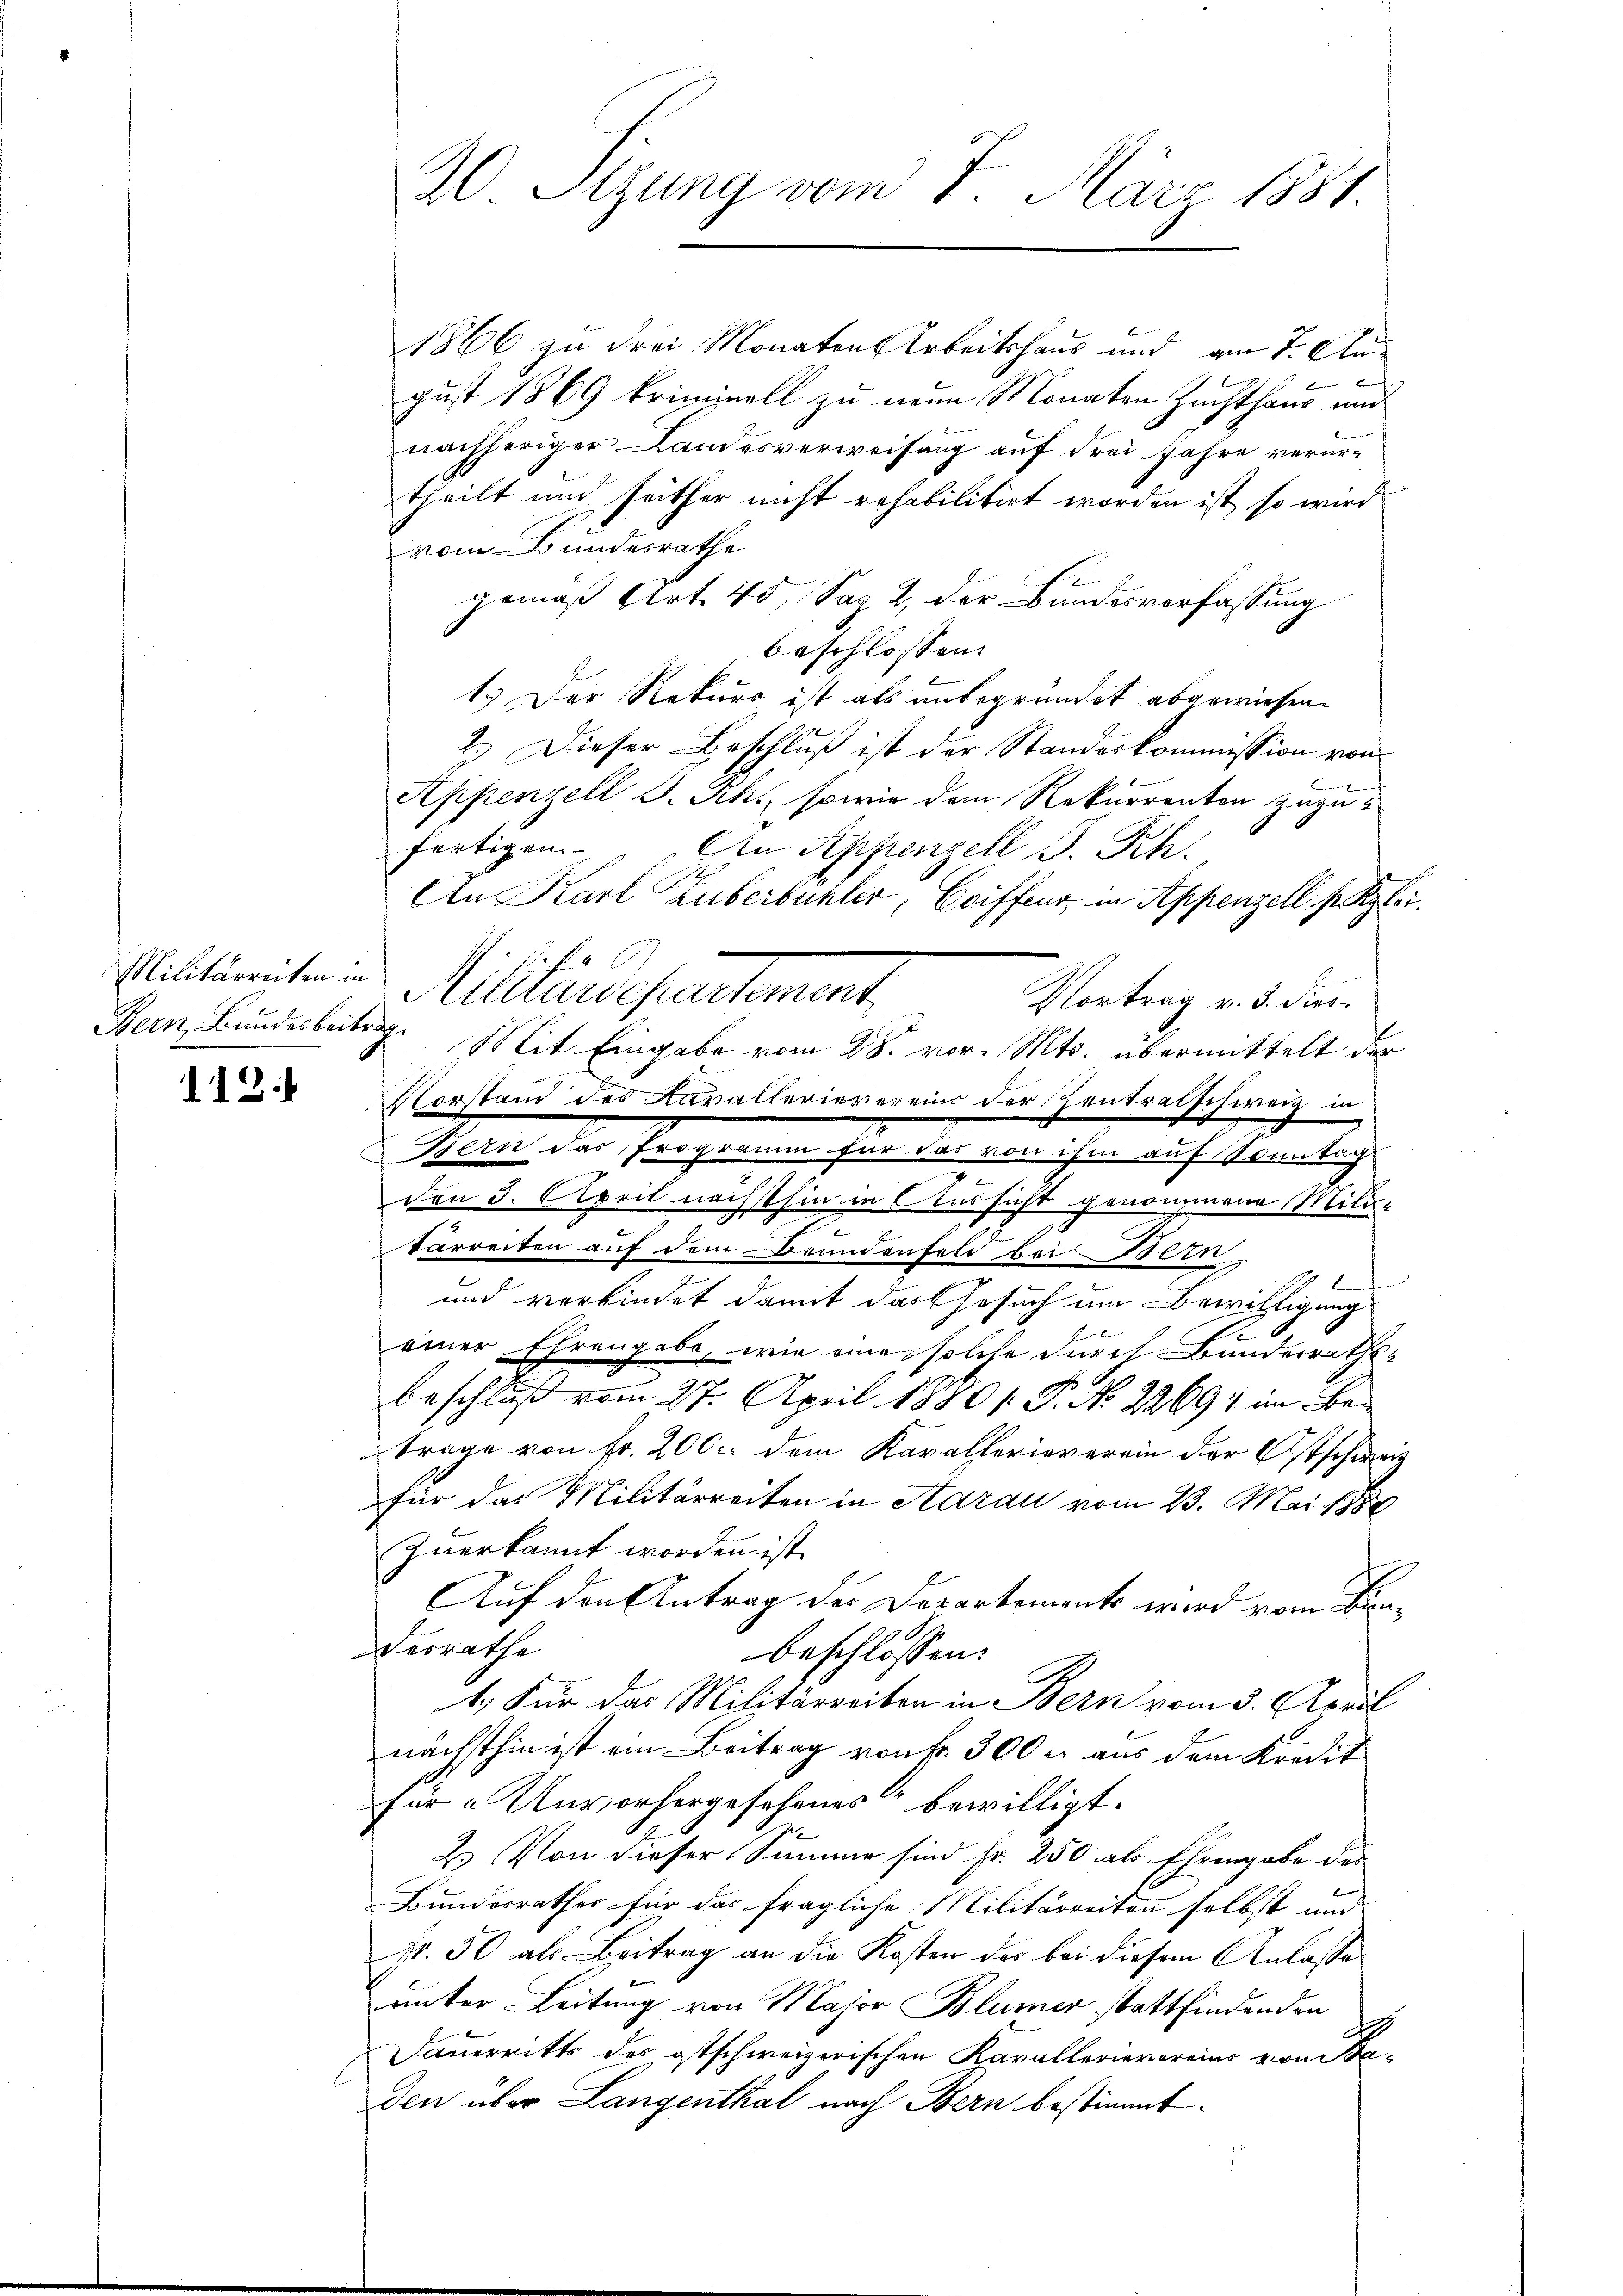
Militärreiten in

118.

1866 zu drei Monaten Arbeitshaus und am 7. August 1869 kriminell zu neun Monaten Zuchthaus und
nachheriger Landesverweisung auf drei Jahre verurtheilt und seither nicht rehabilitirt worden ist, so wird
vom Bundesrathe
gemäß Art. 45, Sas 2, der Bundesverfassung
beschlossen:
1.) Der Rekurs ist als unbegründet abgewiesen.
2.) Dieser Beschluß ist der Standeskommission von
Appenzell S. Sch., sowie dem Rekurrenten zuzufertigen. An Appenzell S. Rh.
An Karl Zuberbühler, Coiffeur, in Appenzell p Kzlei.
iltin ferntement
Vortrag v. 3. dies
Bern, Bundesbeite. Mit Eingabe vom 28. vor. Mts. übermittelt der
Vorstand des Kavallerievereins der Zentratschweiz in
Bern das Programm für das von ihm auf Sonntag
den 3. April nächsthin in Aussicht genommene Mili-
tarreiten auf dem Brundenfeld bei Betr
6
d
und verbindet damit das Gesuch um Bewilligung
e
einer Ehrengabe, wie eine solche durch Banderraths¬
I
1
Beschluß vom 27. April 1880 /: J. No 2269) im Betrage von Fr. 200. dem Kavallerieverein der Ostschweiz
für das Militärreiten in Aarau vom 23. Mai 1884
zuerkannt worden ist.
Auf den Antrag des Departements wird vom Bun¬
Werrathe
beschlossen:
1.) Für das Militärreiten in Bern vom 5. April
nächsthin ist ein Beitrag von fr. 300 u. aus dem Kredit
für Unvorhergesehenes“ bewilligt.
2. Von dieser Summe sind fr. 250 als Ehrengabe des
Bundesrathes für das fragliche Militärreiten selbst und
Nr. 50 als Beitrag an die Kosten der bei diesem Anlasse
unter Leitung von Major Blümer stattfindenden
.
Dauerritts des ostschweizerischen Kavallerievereins von Saden über Langenthal nach Bern bestimmt.

20 Sizung vom 7. März 1881.